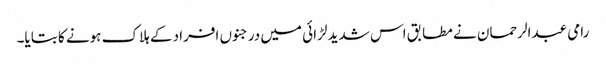
رامی عبدالرحمان نے مطابق اس شدید لڑائی میں درجنوں افراد کے ہلاک ہونے کا بتایا۔